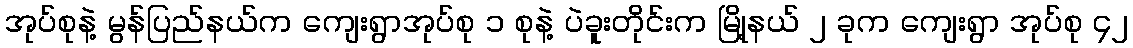
အုပ်စုနဲ့ မွန်ပြည်နယ်က ကျေးရွာအုပ်စု ၁ စုနဲ့ ပဲခူးတိုင်းက မြို့နယ် ၂ ခုက ကျေးရွာ အုပ်စု ၄၂